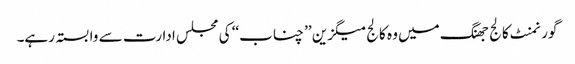
گورنمنٹ کالج جھنگ میں وہ کالج میگزین ’’ چناب‘‘ کی مجلس ادارت سے وابستہ رہے۔